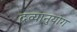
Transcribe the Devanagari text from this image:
द्रव्यानुयोग